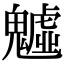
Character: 魖